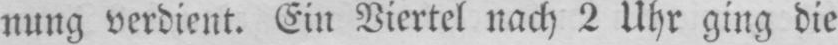
nung verdient. Ein Viertel nach 2 Uhr ging die